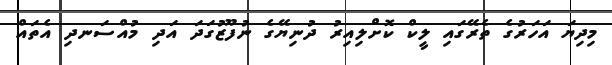
މިދިޔަ އަހަރުގެ ތެރޭގައި ލީކް ކޮށްލިއިރު ދުނިޔޭގެ ނުފޫޒުގަދަ އަދި މުއްސަނދި އެތައް